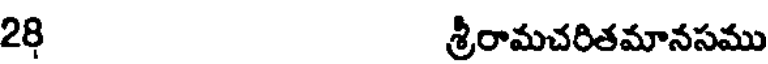
28 శ్రీరామచరితమానసము